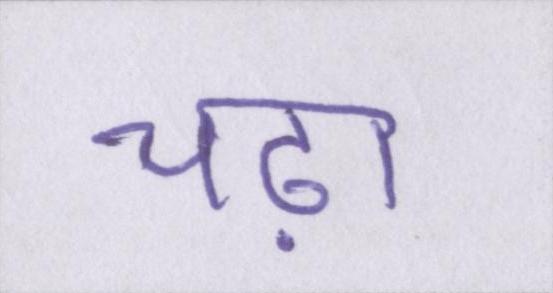
चढ़ा